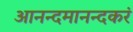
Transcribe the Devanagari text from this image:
आनन्दमानन्दकरं